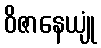
ဝိဇာနေယျုံ